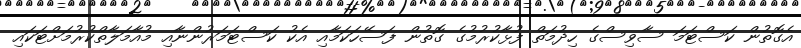
އެގޮތުން ކަސްޓަމަ ސާވިސްގެ ހިދުމަތް ފުޅާކުރުމުގެ ގޮތުން ފަސޭހަކަމާއި އެކު ކަސްޓަމަރުންނާއި މުއާމަލާތްކުރުމަށްޓަކައި